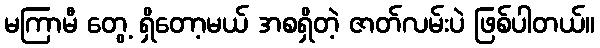
မကြာမီ တွေ့ ရှိတော့မယ် အစရှိတဲ့ ဇာတ်လမ်းပဲ ဖြစ်ပါတယ်။